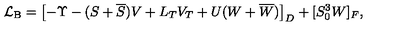
{ \cal L } _ { \mathrm { B } } = \left[ - \Upsilon - ( S + \overline { S } ) V + L _ { T } V _ { T } + U ( W + \overline { W } ) \right] _ { D } + [ S _ { 0 } ^ { 3 } W ] _ { F } ,